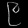
Digit: ၉